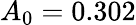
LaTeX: A_{0}=0.302